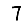
Digit: 7